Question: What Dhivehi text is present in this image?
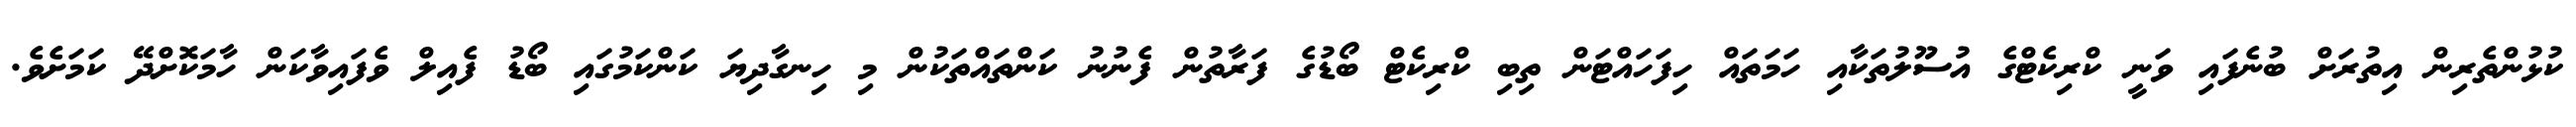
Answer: ކުޅުންތެރިން އިތުރަށް ބުނެފައި ވަނީ ކްރިކެޓްގެ އުސޫލުތަކާއި ހަމަތައް ހިފަހައްޓަން ތިބި ކްރިކެޓް ބޯޑުގެ ފަރާތުން ފެނުނު ކަންތައްތަކުން މި ހިނގާދިޔަ ކަންކަމުގައި ބޯޑު ފެއިލް ވެފައިވާކަން ހާމަކޮށްދޭ ކަމަށެވެ.